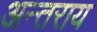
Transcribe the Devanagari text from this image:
अन्तराय